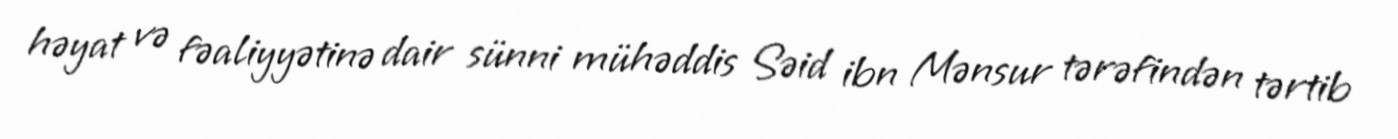
həyat və fəaliyyətinə dair sünni mühəddis Səid ibn Mənsur tərəfindən tərtib